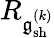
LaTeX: R_{\mathfrak{g}_{\mathrm{sh}}^{(k)}}